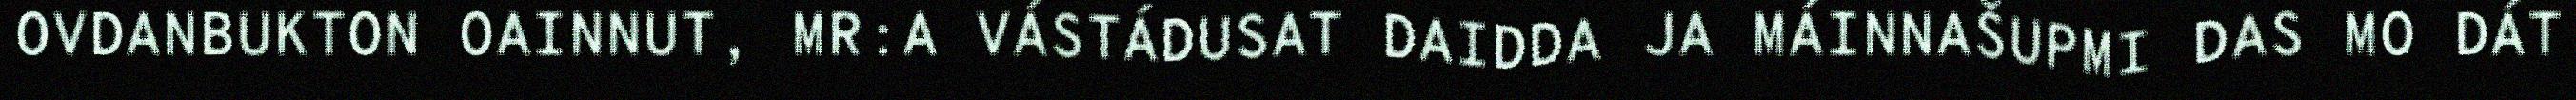
OVDANBUKTON OAINNUT, MR:A VÁSTÁDUSAT DAIDDA JA MÁINNAŠUPMI DAS MO DÁT